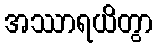
အဿာရယိတွာ